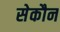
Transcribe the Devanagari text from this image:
सेकौन